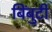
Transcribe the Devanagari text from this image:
बिंबुटी